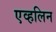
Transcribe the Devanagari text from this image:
एव्हलिन